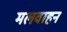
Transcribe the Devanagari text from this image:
मलवाहन